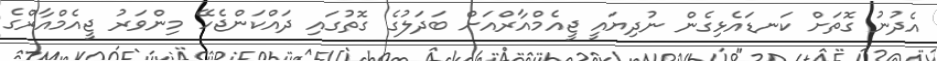
އެދުނު ގޮތަށް ކަނޑައެޅިގެން ނުދިޔައީ ޖީއެމްއާރްއަށް ބަދަލުގެ ގޮތުގައި ދައްކަންޖެހޭ މިންވަރު ޖީއެމްއާރްގެ